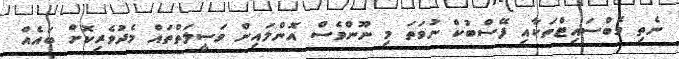
ނެތި ވެބްސައިޓްތަކާއި ފޭސްބުކް ނުވަތަ މި ނޫންވެސް އޮންލައިން ވަސީލަތްތައް މެދުވެރިކޮށް ބައެއް